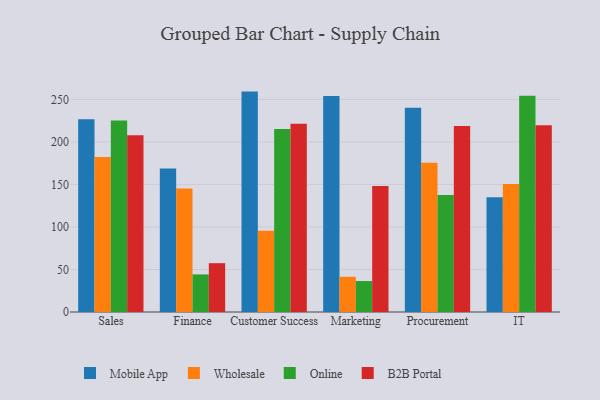
{"axis": {"x": "Department", "y": "Energy Usage (MWh)"}, "legend": ["B2B Portal", "Mobile App", "Online", "Wholesale"], "data": [{"x": "Sales", "y": 226.7, "type": "Mobile App"}, {"x": "Sales", "y": 182.1, "type": "Wholesale"}, {"x": "Sales", "y": 225.1, "type": "Online"}, {"x": "Sales", "y": 207.9, "type": "B2B Portal"}, {"x": "Finance", "y": 168.8, "type": "Mobile App"}, {"x": "Finance", "y": 145.2, "type": "Wholesale"}, {"x": "Finance", "y": 44.2, "type": "Online"}, {"x": "Finance", "y": 57.4, "type": "B2B Portal"}, {"x": "Customer Success", "y": 259.1, "type": "Mobile App"}, {"x": "Customer Success", "y": 95.5, "type": "Wholesale"}, {"x": "Customer Success", "y": 215.0, "type": "Online"}, {"x": "Customer Success", "y": 221.4, "type": "B2B Portal"}, {"x": "Marketing", "y": 253.8, "type": "Mobile App"}, {"x": "Marketing", "y": 41.4, "type": "Wholesale"}, {"x": "Marketing", "y": 36.4, "type": "Online"}, {"x": "Marketing", "y": 148.2, "type": "B2B Portal"}, {"x": "Procurement", "y": 240.0, "type": "Mobile App"}, {"x": "Procurement", "y": 175.6, "type": "Wholesale"}, {"x": "Procurement", "y": 137.4, "type": "Online"}, {"x": "Procurement", "y": 218.7, "type": "B2B Portal"}, {"x": "IT", "y": 134.8, "type": "Mobile App"}, {"x": "IT", "y": 150.4, "type": "Wholesale"}, {"x": "IT", "y": 254.3, "type": "Online"}, {"x": "IT", "y": 219.5, "type": "B2B Portal"}]}